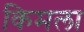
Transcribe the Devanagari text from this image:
किमला